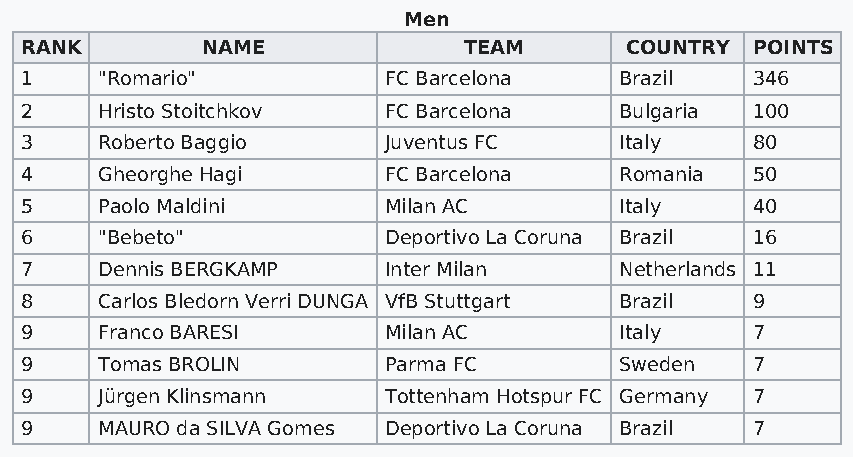
Men
 RANK        NAME              TEAM      COUNTRY  POINTS
 1    "Romario"          FC Barcelona    Brazil   346
 2    Hristo Stoitchkov  FC Barcelona    Bulgaria 100
 3    Roberto Baggio     Juventus FC     Italy    80
 4    Gheorghe Hagi      FC Barcelona    Romania  50
 5    Paolo Maldini      Milan AC        Italy    40
 6    "Bebeto"           Deportivo La Coruna Brazil 16
 7    Dennis BERGKAMP    Inter Milan     Netherlands 11
 8    Carlos Bledorn Verri DUNGA VfB Stuttgart Brazil 9
 9    Franco BARESI      Milan AC        Italy    7
 9    Tomas BROLIN       Parma FC        Sweden   7
 9    Jürgen Klinsmann   Tottenham Hotspur FC Germany 7
 9    MAURO da SILVA Gomes Deportivo La Coruna Brazil 7